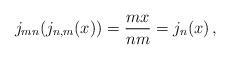
LaTeX: \begin{align*} j_{mn}(j_{n,m}(x)) & = \frac{mx}{nm} = j_{n}(x)\,,\end{align*}